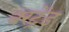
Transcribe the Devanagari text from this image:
बरट्रेंड